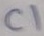
Text: C1